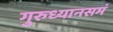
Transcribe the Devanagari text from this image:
गुरुध्यानसमं